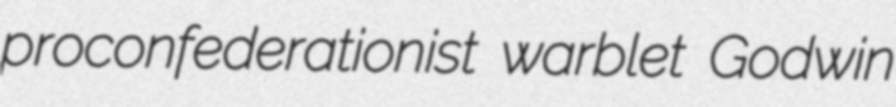
proconfederationist warblet Godwin